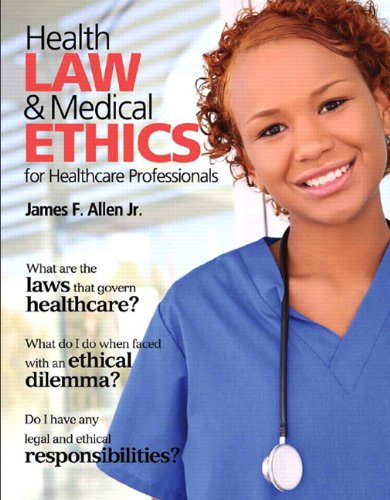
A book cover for Health Law and Medical Ethics; James Allen; Medical Books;